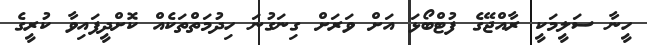
ހީނާ ސަލީމަކީ ރާއްޖޭގެ ފުޓްބޯޅަ އަށް ވަރަށް ގިނަގުނަ ހިދުމަތްތަކެއް ކޮށްދީފައިވާ ކުރީގެ